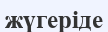
жүгеріде